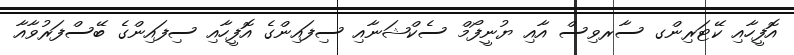
އޮފީހާއި ކޭޓަރިންގ ސާރވިސް އާއި ޔުނީފޯމް ސެކްޝަނާއި ސިފައިންގެ އޮފީހާއި ސިފައިންގެ ބޭސްފަރުވާއާ